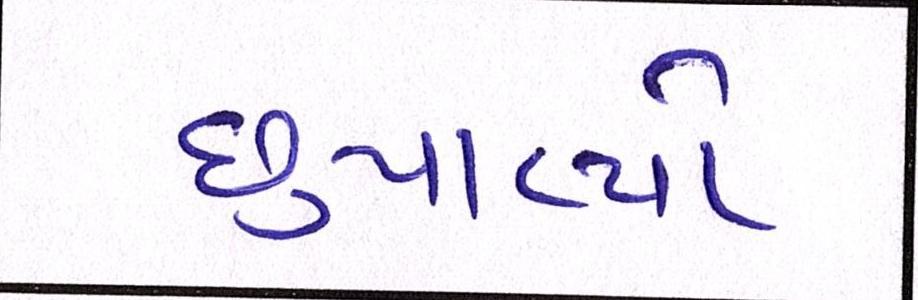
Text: છુપાવ્યો